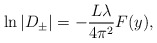
\begin{align*}\ln\vert D_{\pm}\vert =-\frac{L\lambda}{4\pi^2}F(y), \end{align*}